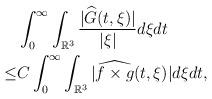
LaTeX: \begin{align*}&\int_0^{\infty}\int_{\mathbb{R}^3} \frac{|\widehat{G}(t,\xi)|}{|\xi|}d\xi dt \\\leq& C\int_0^{\infty}\int_{\mathbb{R}^3} |\widehat{f\times g}(t,\xi)|d\xi dt,\end{align*}